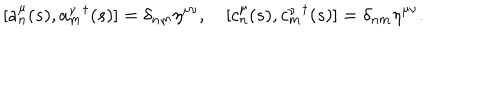
[ a _ { n } ^ { \mu } ( s ) , { a _ { m } ^ { \nu } } ^ { \dagger } ( s ) ] = \delta _ { n m } \eta ^ { \mu \nu } , ~ [ c _ { n } ^ { \mu } ( s ) , { c _ { m } ^ { \nu } } ^ { \dagger } ( s ) ] = \delta _ { n m } \eta ^ { \mu \nu } .